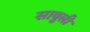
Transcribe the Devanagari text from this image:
सावुली